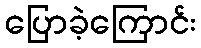
ပြောခဲ့ကြောင်း